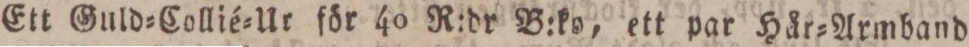
Ett Guld=Collié=Ur för 40 R:dr B:ko, ett par Här=Armband